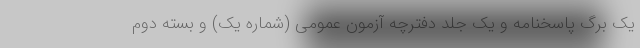
یک برگ پاسخنامه و یک جلد دفترچه آزمون عمومی (شماره یک) و بسته دوم